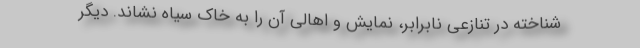
شناخته در تنازعی نابرابر، نمایش و اهالی آن را به خاک سیاه نشاند. دیگر